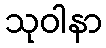
သုဝါနာ